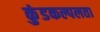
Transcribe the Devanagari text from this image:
कुंडकल्पलता